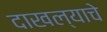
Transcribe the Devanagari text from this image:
दाखल्याचे